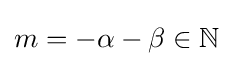
m=-\alpha -\beta \in \mathbb {N}